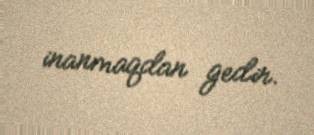
inanmaqdan gedir.